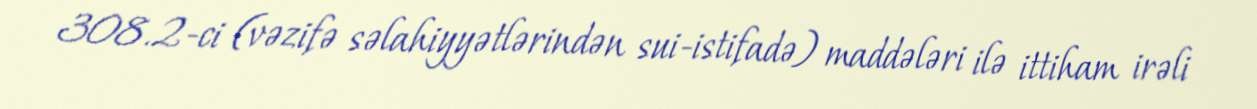
308.2-ci (vəzifə səlahiyyətlərindən sui-istifadə) maddələri ilə ittiham irəli